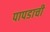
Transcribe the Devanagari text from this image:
पापडाची